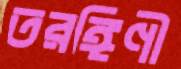
তরঙ্গিণী